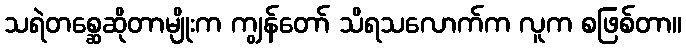
သရဲတစ္ဆေဆိုတာမျိုးက ကျွန်တော် သိရသလောက်က လူက စဖြစ်တာ။